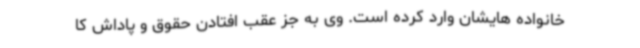
خانواده هایشان وارد کرده است. وی به جز عقب افتادن حقوق و پاداش کا